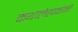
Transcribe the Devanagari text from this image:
कथालेखकांनी